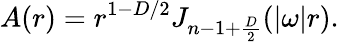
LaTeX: A(r)=r^{1-D/2}J_{n-1+{\frac{D}{2}}}(|\omega|r).